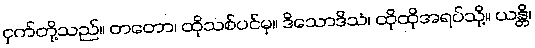
ငှက်တို့သည်။ တတော၊ ထိုသစ်ပင်မှ။ ဒိသောဒိသံ၊ ထိုထိုအရပ်သို့။ ယန္တိ၊